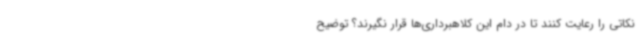
نکاتی را رعایت کنند تا در دام این کلاهبرداری‌ها قرار نگیرند؟ توضیح